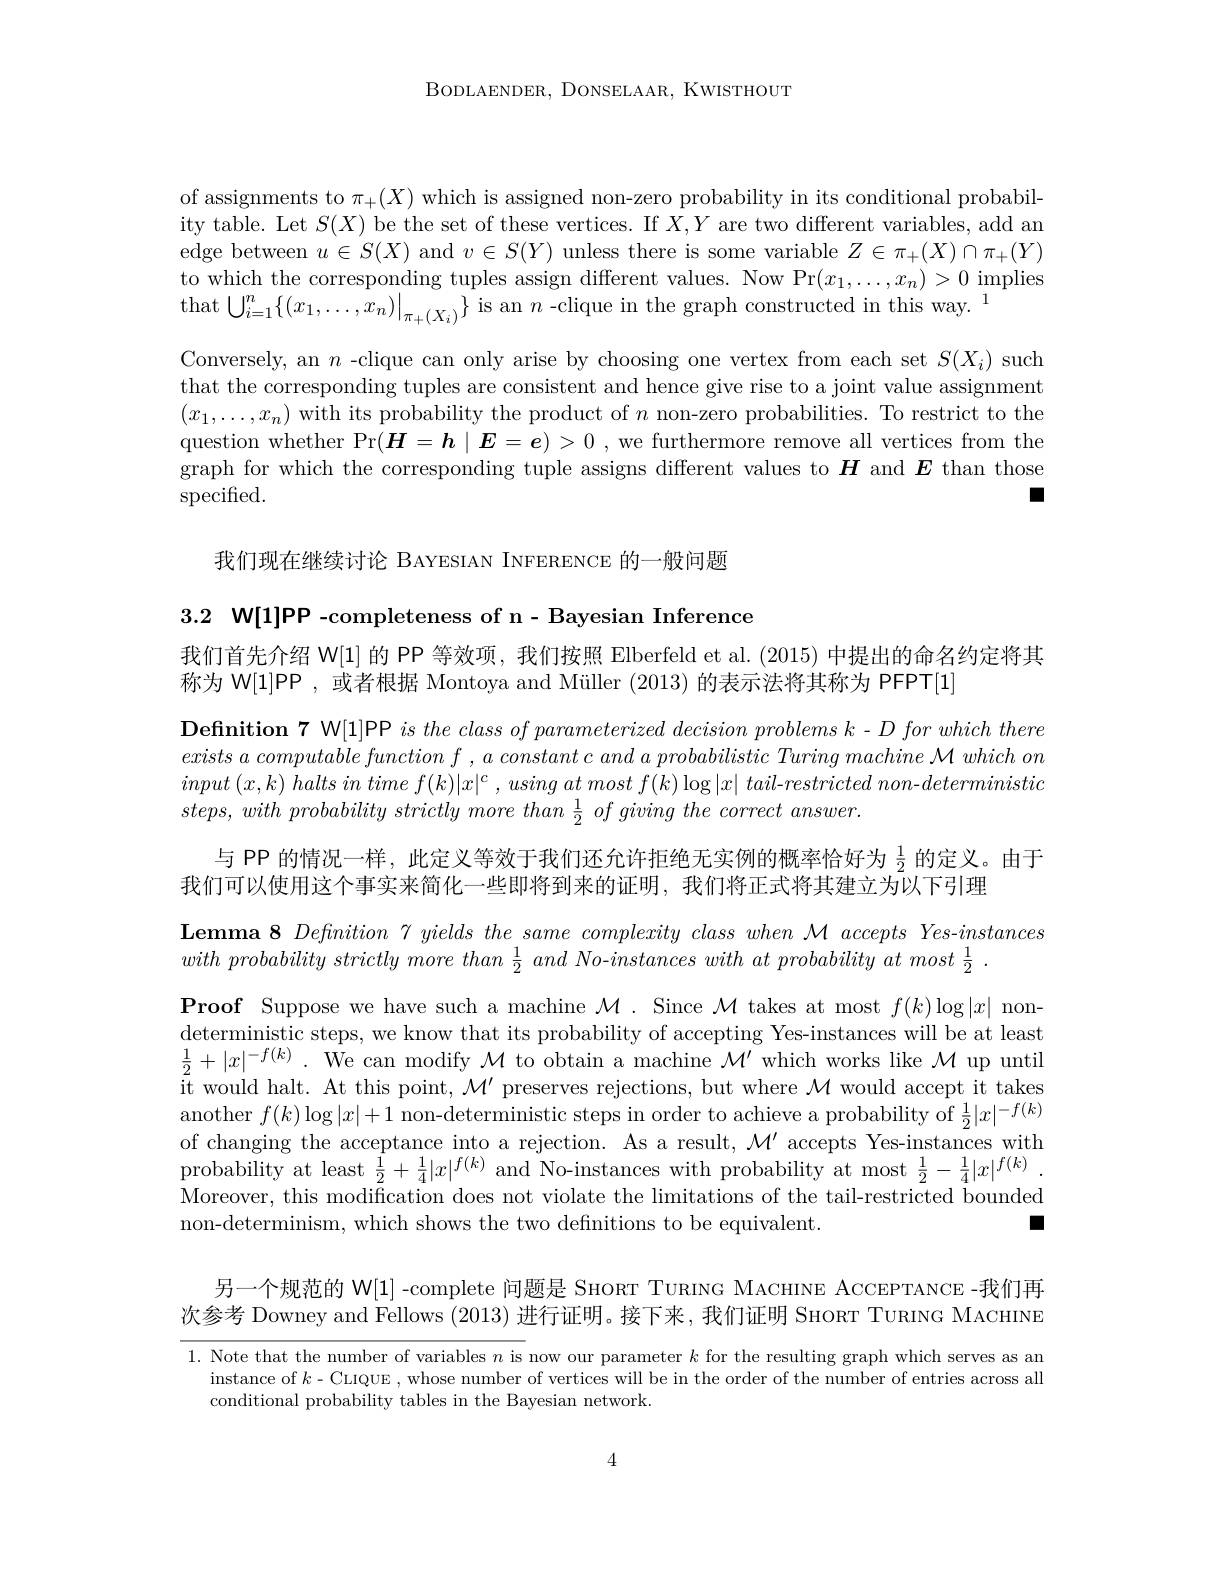
BODLAENDER, DONSELAAR, KWISTHOUT

of assignments to $\pi_+(X)$ which is assigned non-zero probability in its conditional probability table. Let $S(X)$ be the set of these vertices. If $X,Y$ are two different variables, add an edge between $u\in S(X)$ and $v\in S(Y)$ unless there is some variable $Z\in\pi_+(X)\cap\pi_+(Y)$ to which the corresponding tuples assign different values. Now Pr$(x_1,\ldots,x_n)>0$ implies that $\bigcup_i=1^n\{(x_1,\ldots,x_n)|_{\pi_+(X_i)}\}$ is an $n$ -clique in the graph constructed in this way.
Conversely, an $n$ -clique can only arise by choosing one vertex from each set $S(X_{i})$ such that the corresponding tuples are consistent and hence give rise to a joint value assignment $(x_1,\ldots,x_n)$ with its probability the product of $n$ non-zero probabilities. To restrict to the question whether Pr$(\boldsymbol{H}=\boldsymbol{h}\mid\boldsymbol{E}=\boldsymbol{e})>0$ , we furthermore remove all vertices from the graph for which the corresponding tuple assigns different values to $H$ and $E$ than those $\operatorname{specified}.$
L

我们现在继续讨论 BAYESIAN INFERENCE 的一般问题

3.2 W[1]PP -completeness of n- Bayesian Inference

我们首先介绍 W[1] 的 PP 等效项，我们按照 Elberfeld et al. (2015)中提出的命名约定将其
称为 W[1]PP , 或者根据 Montoya and Müller (2013)的表示法将其称为 PFPT[1]

$\textbf{Definition 7 W[ 1] PP is the class of parameterized decision problems }k- D\textit{for which there}$ $exists\textit{ a computable function f , a constant c and a probabilistic Turing machine M which on }$ $input\left ( x, k\right ) halts$ $in$ time $f( k) | x| ^{c}$ , using $at$ most $f( k) \log | x|$ $tail- restricted$ $non- deterministic$ $steps,with~probability~strictly~more~than~\frac{1}{2}~of~giving~the~correct~answer.$
与 PP 的情况一样，此定义等效于我们还允许拒绝无实例的概率恰好为$\frac12$的定义。由于
我们可以使用这个事实来简化一些即将到来的证明，我们将正式将其建立为以下引理
$\textbf{Lemma 8 Definition 7 yields the same complexity class when M accepts Yes- instances}$
$with\textit{ probability strictly more than }\frac 12\textit{ and No- instances with at probability at most }\frac 12.$
$\textbf{Proof Suppose we have such a machine }\mathcal{M} .$ Since $\mathcal{M}$ takes at most $f(k)\log|x|$ nondeterministic steps, we know that its probability of accepting Yes-instances will be at least $\frac12+|x|^{-f(k)}.$ We can modify $\mathcal{M}$ to obtain a machine $\mathcal{M}^\prime$ which works like $\mathcal{M}$ up until $\bar{\text{it would halt. At this point, }\mathcal{M}^{\prime}}$preserves rejections, but where $\mathcal{M}$ would accept it takes another $f(k)\log|x|+1$ non-deterministic steps in order to achieve a probability of $\frac12|x|^{-f(k)}$ of changing the acceptance into a rejection. As a result, $\mathcal{M}^\prime$ accepts Yes-instances with probability at least $\frac{1}{2}+\frac{1}{4}|x|^{f(k)}$ and No-instances with probability at most $\frac12-\frac14|x|^{f(k)}.$ Moreover, this modification does not violate the limitations of the tail-restricted bounded non-determinism, which shows the two definitions to be equivalent.
口

另一个规范的 W[1] -complete 问题是 SHORT TURING MACHINE ACCEPTANCE -我们再次参考 Downey and Fellows (2013) 进行证明。接下来，我们证明 SнORT TURING MACHINE

1. Note that the number of variables $n$ is now our parameter $k$ for the resulting graph which serves as an
instance of $k-$CLIQUE , whose number of vertices will be in the order of the number of entries across all
conditional probability tables in the Bayesian network.

4